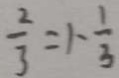
\frac { 2 } { 3 } = 1 - \frac { 1 } { 3 }